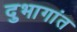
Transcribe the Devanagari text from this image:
दुभागांत